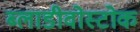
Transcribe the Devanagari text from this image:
ब्लाडीवोस्टोक